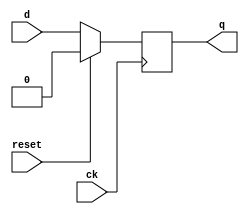


/* andiamo a creare un flip flop d con il reset
il reset puo essere quindi o sincrono o asincrono
sincrono-> in corrispondenza del fronte di salita del clock l'uscita si porta bassa
asincrono invece significa che nel momento in cui il reset  alto, l'uscita si porta bassa

*/

module flipflop_reset ( d, ck, q, reset);

input d, ck, reset;
output q;

wire d, ck, reset;
reg q;


always @(posedge ck)
begin 

if (reset)
 q<= 1'b0;
 
 else
 
  q<=d;
  
  






end
endmodule